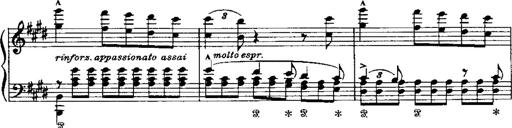
Title: LiebestrÃ¤ume
Composer: Franz Behr
Key: E-flat major